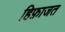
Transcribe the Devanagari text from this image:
हिफ़ाजत